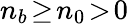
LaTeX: n_{b}\! \ge\! n_{0}\! >\! 0